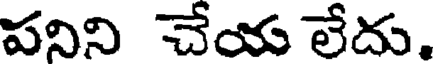
పనిని చేయ లేదు.